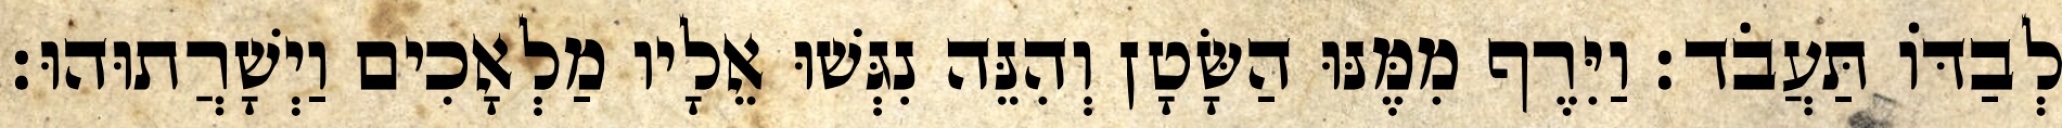
לְבַדּוֹ תַּעֲבֹד׃ וַיִּרֶף מִמֶּנּוּ הַשָּׂטָן וְהִנֵּה נִגְּשׁוּ אֵלָיו מַלְאָכִים וַיְשָׁרֲתוּהוּ׃